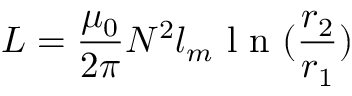
L = \frac { \mu _ { 0 } } { 2 \pi } N ^ { 2 } l _ { m } \textrm { l n } ( \frac { r _ { 2 } } { r _ { 1 } } )